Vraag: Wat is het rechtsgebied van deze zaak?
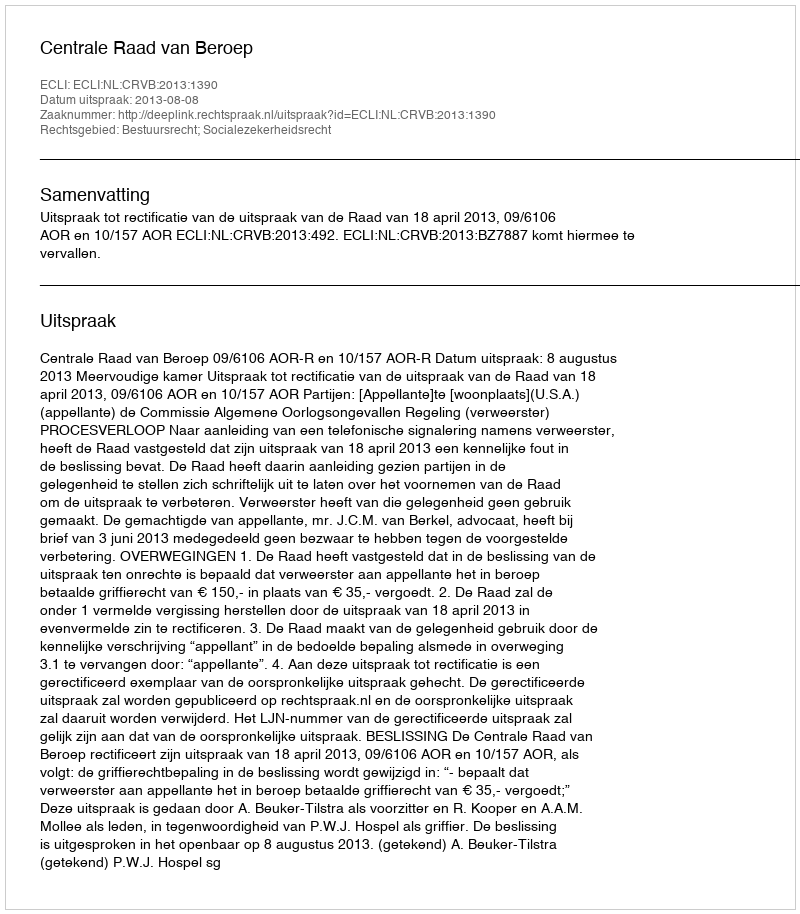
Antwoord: Bestuursrecht; Socialezekerheidsrecht